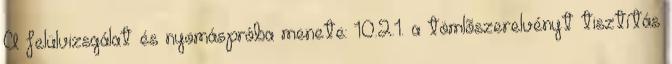
A felülvizsgálat és nyomáspróba menete: 10.2.1. a tömlõszerelvényt tisztítás